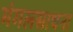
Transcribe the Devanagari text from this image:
मंगलसाधना